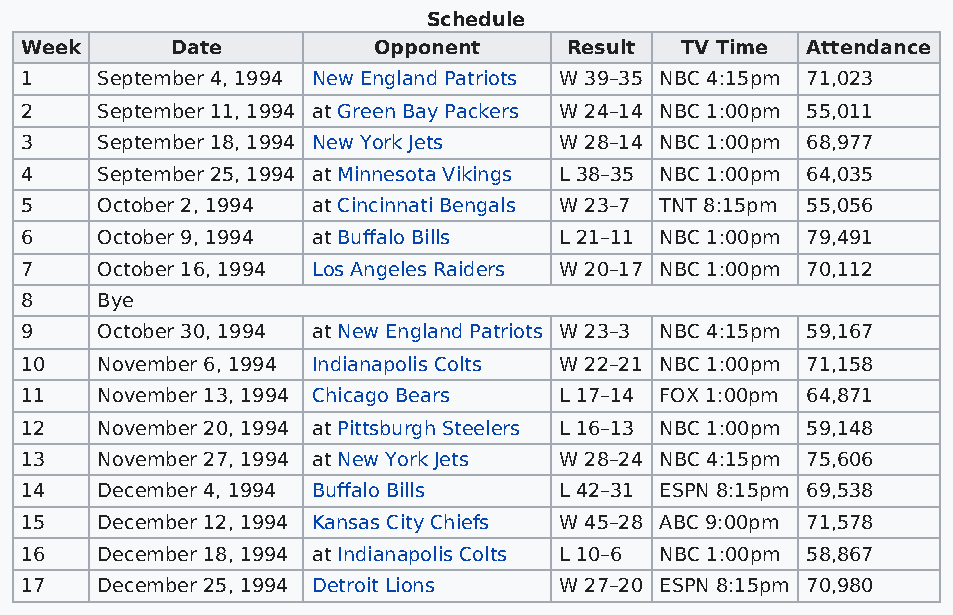
Schedule
 Week      Date          Opponent    Result  TV Time Attendance
 1    September 4, 1994 New England Patriots W 39–35 NBC 4:15pm 71,023
 2    September 11, 1994 at Green Bay Packers W 24–14 NBC 1:00pm 55,011
 3    September 18, 1994 New York Jets W 28–14 NBC 1:00pm 68,977
 4    September 25, 1994 at Minnesota Vikings L 38–35 NBC 1:00pm 64,035
 5    October 2, 1994 at Cincinnati Bengals W 23–7 TNT 8:15pm 55,056
 6    October 9, 1994 at Buffalo Bills L 21–11 NBC 1:00pm 79,491
 7    October 16, 1994 Los Angeles Raiders W 20–17 NBC 1:00pm 70,112
 8    Bye
 9    October 30, 1994 at New England Patriots W 23–3 NBC 4:15pm 59,167
 10   November 6, 1994 Indianapolis Colts W 22–21 NBC 1:00pm 71,158
 11   November 13, 1994 Chicago Bears L 17–14 FOX 1:00pm 64,871
 12   November 20, 1994 at Pittsburgh Steelers L 16–13 NBC 1:00pm 59,148
 13   November 27, 1994 at New York Jets W 28–24 NBC 4:15pm 75,606
 14   December 4, 1994 Buffalo Bills L 42–31 ESPN 8:15pm 69,538
 15   December 12, 1994 Kansas City Chiefs W 45–28 ABC 9:00pm 71,578
 16   December 18, 1994 at Indianapolis Colts L 10–6 NBC 1:00pm 58,867
 17   December 25, 1994 Detroit Lions W 27–20 ESPN 8:15pm 70,980